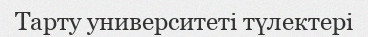
Тарту университеті түлектері